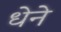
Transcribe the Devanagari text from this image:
धेने